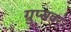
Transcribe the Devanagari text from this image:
ग्रुप्सवर